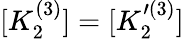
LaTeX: [K_{2}^{(3)}]=[K_{2}^{\prime(3)}]